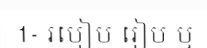
1- របៀប រៀប ឬ